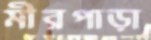
মীরপাড়া